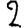
Digit: 2